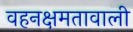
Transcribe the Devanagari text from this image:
वहनक्षमतावाली